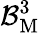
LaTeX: \mathcal{B}_{\mathrm{M}}^{3}